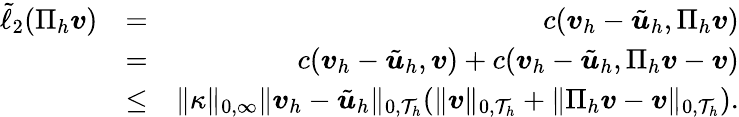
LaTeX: \begin{array}{rlr}{\tilde{\ell}_{2}(\Pi_{h}\boldsymbol{v})}&{=}&{c(\boldsymbol{v}_{h}-\tilde{\boldsymbol{u}}_{h},\Pi_{h}\boldsymbol{v})}\\ &{=}&{c(\boldsymbol{v}_{h}-\tilde{\boldsymbol{u}}_{h},\boldsymbol{v})+c(\boldsymbol{v}_{h}-\tilde{\boldsymbol{u}}_{h},\Pi_{h}\boldsymbol{v}-\boldsymbol{v})}\\ &{\leq}&{\| \kappa\| _{0,\infty}\| \boldsymbol{v}_{h}-\tilde{\boldsymbol{u}}_{h}\| _{0,\mathcal{T}_{h}}(\| \boldsymbol{v}\| _{0,\mathcal{T}_{h}}+\| \Pi_{h}\boldsymbol{v}-\boldsymbol{v}\| _{0,\mathcal{T}_{h}}).}\end{array}